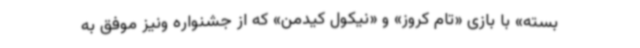
بسته» با بازی «تام کروز» و «نیکول کیدمن» که از جشنواره ونیز موفق به